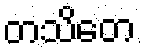
တသိတေ